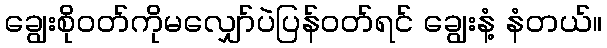
ချွေးစိုဝတ်ကိုမလျှော်ပဲပြန်ဝတ်ရင် ချွေးနံ့ နံတယ်။